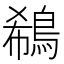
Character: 鵗